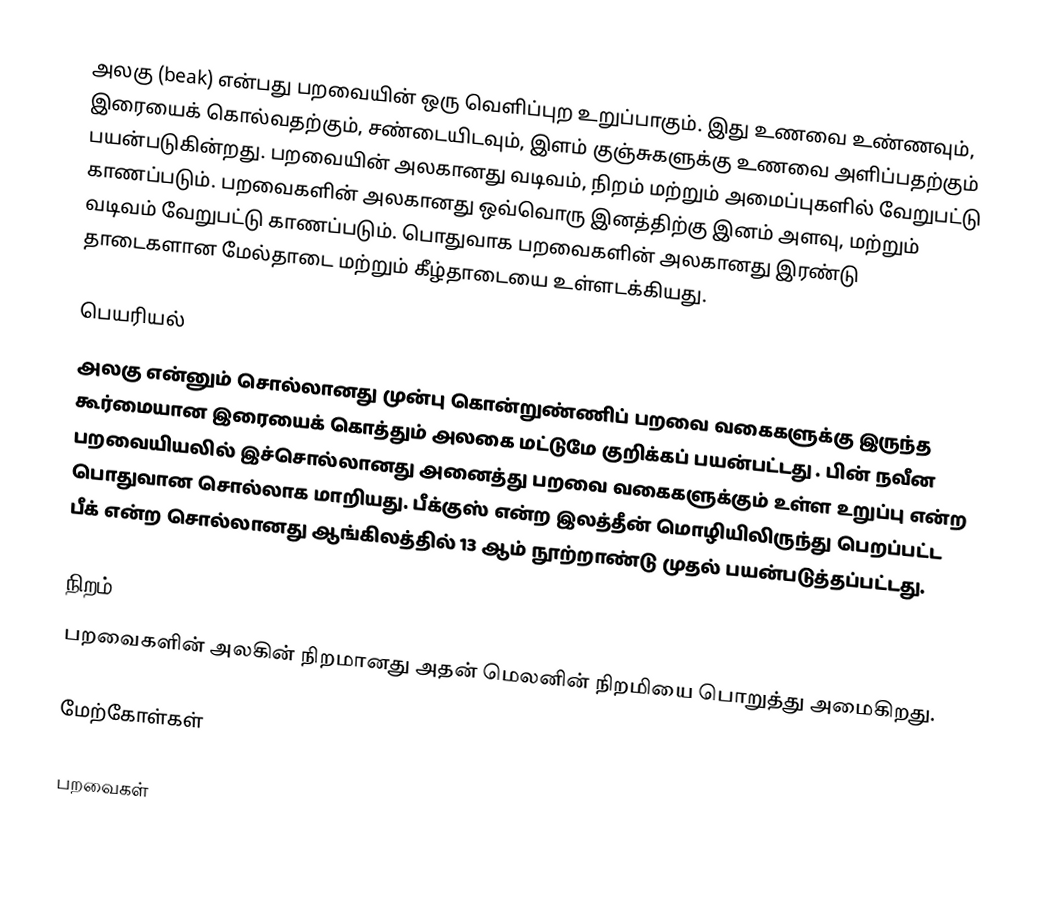
அலகு (beak) என்பது பறவையின் ஒரு வெளிப்புற உறுப்பாகும். இது உணவை உண்ணவும், இரையைக் கொல்வதற்கும், சண்டையிடவும், இளம் குஞ்சுகளுக்கு உணவை அளிப்பதற்கும் பயன்படுகின்றது. பறவையின் அலகானது வடிவம், நிறம் மற்றும் அமைப்புகளில் வேறுபட்டு காணப்படும். பறவைகளின் அலகானது ஒவ்வொரு இனத்திற்கு இனம் அளவு, மற்றும் வடிவம் வேறுபட்டு காணப்படும். பொதுவாக பறவைகளின் அலகானது இரண்டு தாடைகளான மேல்தாடை மற்றும் கீழ்தாடையை உள்ளடக்கியது.

பெயரியல்
அலகு என்னும் சொல்லானது முன்பு கொன்றுண்ணிப் பறவை வகைகளுக்கு இருந்த கூர்மையான இரையைக் கொத்தும் அலகை மட்டுமே குறிக்கப் பயன்பட்டது . பின் நவீன பறவையியலில்  இச்சொல்லானது அனைத்து பறவை வகைகளுக்கும் உள்ள உறுப்பு என்ற பொதுவான சொல்லாக மாறியது. பீக்குஸ் என்ற இலத்தீன் மொழியிலிருந்து பெறப்பட்ட பீக் என்ற சொல்லானது ஆங்கிலத்தில் 13 ஆம் நூற்றாண்டு முதல் பயன்படுத்தப்பட்டது.

நிறம்
பறவைகளின் அலகின் நிறமானது அதன் மெலனின் நிறமியை பொறுத்து அமைகிறது.

மேற்கோள்கள்

பறவைகள்